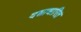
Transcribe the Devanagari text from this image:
दशाधारित